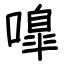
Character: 嘷